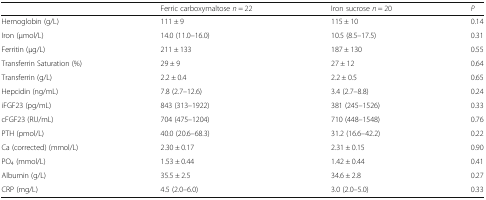
|  | Ferric carboxymaltose n = 22 | Iron sucrose n = 20 | P |
 | --- | --- | --- | --- |
 | Hemoglobin (g/L) | 111 ± 9 | 115 ± 10 | 0.14 |
 | Iron (μmol/L) | 14.0 (11.0–16.0) | 10.5 (8.5–17.5) | 0.31 |
 | Ferritin (μg/L) | 211 ± 133 | 187 ± 130 | 0.55 |
 | Transferrin Saturation (%) | 29 ± 9 | 27 ± 12 | 0.64 |
 | Transferrin (g/L) | 2.2 ± 0.4 | 2.2 ± 0.5 | 0.65 |
 | Hepcidin (ng/mL) | 7.8 (2.7–12.6) | 3.4 (2.7–8.8) | 0.24 |
 | iFGF23 (pg/mL) | 843 (313–1922) | 381 (245–1526) | 0.33 |
 | cFGF23 (RU/mL) | 704 (475–1204) | 710 (448–1548) | 0.76 |
 | PTH (pmol/L) | 40.0 (20.6–68.3) | 31.2 (16.6–42.2) | 0.22 |
 | Ca (corrected) (mmol/L) | 2.30 ± 0.17 | 2.31 ± 0.15 | 0.90 |
 | PO4 (mmol/L) | 1.53 ± 0.44 | 1.42 ± 0.44 | 0.41 |
 | Albumin (g/L) | 35.5 ± 2.5 | 34.6 ± 2.8 | 0.27 |
 | CRP (mg/L) | 4.5 (2.0–6.0) | 3.0 (2.0–5.0) | 0.33 |